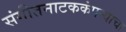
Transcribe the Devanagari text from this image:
संगीतनाटककंपन्यांचा